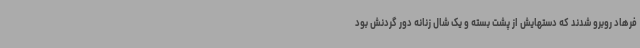
فرهاد روبرو شدند که دستهایش از پشت بسته و یک شال زنانه دور گردنش بود